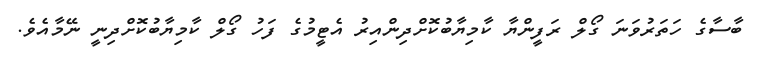
ބާސާގެ ހަތަރުވަނަ ގޯލް ރަފީންޔާ ކާމިޔާބުކޮށްދިންއިރު އެޓީމުގެ ފަހު ގޯލް ކާމިޔާބުކޮށްދިނީ ނޭމާއެވެ.